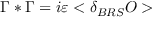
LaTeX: \Gamma * \Gamma = i \varepsilon < \delta _ { B R S } O >